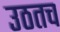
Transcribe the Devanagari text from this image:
उठतच